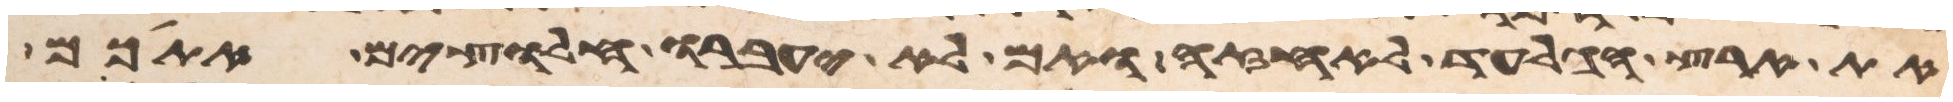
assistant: את ארץ הגלעד לאחזה ואם לא יעברו חלוצים אתכם